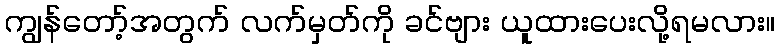
ကျွန်တော့်အတွက် လက်မှတ်ကို ခင်ဗျား ယူထားပေးလို့ရမလား။